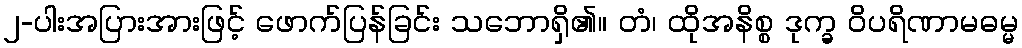
၂-ပါးအပြားအားဖြင့် ဖောက်ပြန်ခြင်း သဘောရှိ၏။ တံ၊ ထိုအနိစ္စ ဒုက္ခ ဝိပရိဏာမဓမ္မ